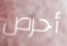
أحرص